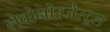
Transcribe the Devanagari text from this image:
लेवोनोरजेस्ट्रल